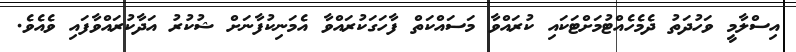
އިސްލާމީ ވަހުދަތު ދެމެހެއްޓުމަށްޓަކައި ކުރައްވާ މަސައްކަތް ފާހަގަކުރައްވާ އެމަނިކުފާނަށް ޝުކުރު އަދާކުރައްވާފައި ވެއެވެ.